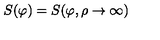
S ( \varphi ) = S ( \varphi , \rho \rightarrow \infty )